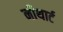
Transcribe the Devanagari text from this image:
नीथार्ट